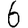
Digit: 6